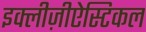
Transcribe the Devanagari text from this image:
इक्लीज़ीऐस्टिकल